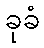
ခုခံ